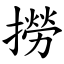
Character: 撈